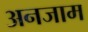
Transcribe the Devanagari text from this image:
अनजाम